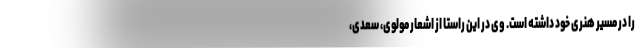
را در مسیر هنری خود داشته است. وی در این راستا از اشعار مولوی، سعدی،